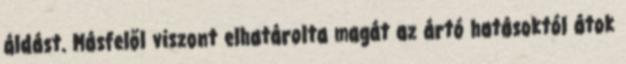
áldást. Másfelől viszont elhatárolta magát az ártó hatásoktól átok